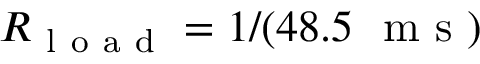
R _ { \mathrm { ~ l ~ o ~ a ~ d ~ } } = 1 / ( 4 8 . 5 ~ \mathrm { ~ m ~ s ~ } )